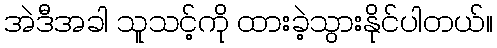
အဲဒီအခါ သူသင့်ကို ထားခဲ့သွားနိုင်ပါတယ်။